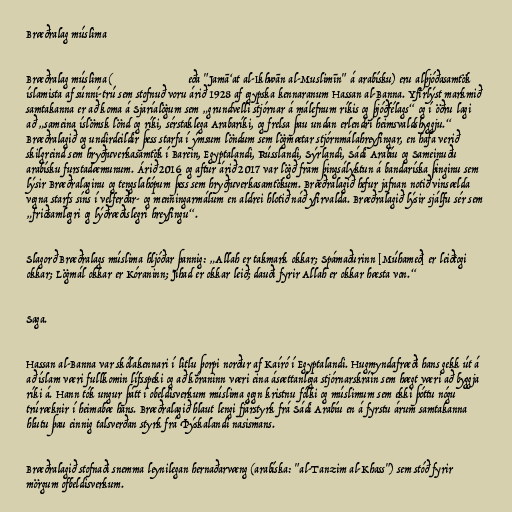
Bræðralag múslima

Bræðralag múslima (جماعة الإخوان المسلمين eða "Jamāʻat al-Ikhwān al-Muslimīn" á arabísku) eru alþjóðasamtök
íslamista af súnní-trú sem stofnuð voru árið 1928 af egypska kennaranum Hassan al-Banna. Yfirlýst markmið
samtakanna er að koma á Sjaríalögum sem „grundvelli stjórnar á málefnum ríkis og þjóðfélags“ og í öðru lagi
að „sameina íslömsk lönd og ríki, sérstaklega Arabaríki, og frelsa þau undan erlendri heimsvaldshyggju.“
Bræðralagið og undirdeildir þess starfa í ýmsum löndum sem lögmætar stjórnmálahreyfingar, en hafa verið
skilgreind sem hryðjuverkasamtök í Barein, Egyptalandi, Rússlandi, Sýrlandi, Sádi Arabíu og Sameinuðu
arabísku furstadæmunum. Árið 2016 og aftur árið 2017 var lögð fram þingsályktun á bandaríska þinginu sem
lýsir Bræðralaginu og tengslahópum þess sem hryðjuverkasamtökum. Bræðralagið hefur jafnan notið vinsælda
vegna starfs síns í velferðar- og menningarmálum en aldrei hlotið náð yfirvalda. Bræðralagið lýsir sjálfu sér sem
„friðsamlegri og lýðræðislegri hreyfingu“.

Slagorð Bræðralags múslima hljóðar þannig: „Allah er takmark okkar; Spámaðurinn [Múhameð] er leiðtogi
okkar; Lögmál okkar er Kóraninn; Jihad er okkar leið; dauði fyrir Allah er okkar hæsta von.“

Saga.

Hassan al-Banna var skólakennari í litlu þorpi norður af Kaíró í Egyptalandi. Hugmyndafræði hans gekk út á
að íslam væri fullkomin lífsspeki og að kóraninn væri eina ásættanlega stjórnarskráin sem hægt væri að byggja
ríki á. Hann tók ungur þátt í obeldisverkum múslima gegn kristnu fólki og múslimum sem ekki þóttu nógu
trúræknir í heimabæ hans. Bræðralagið hlaut lengi fjárstyrk frá Sádi Arabíu en á fyrstu árum samtakanna
hlutu þau einnig talsverðan styrk frá Þýskalandi nasismans.

Bræðralagið stofnaði snemma leynilegan hernaðarvæng (arabíska: "al-Tanzim al-Khass") sem stóð fyrir
mörgum ofbeldisverkum.